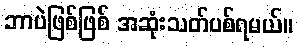
ဘာပဲဖြစ်ဖြစ် အဆုံးသတ်ပစ်ရမယ်။